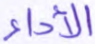
الأداء